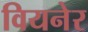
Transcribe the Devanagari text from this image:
वियनेर